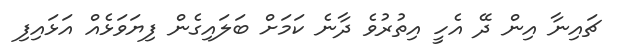
ޗައިނާ އިން ދޭ އެހީ އިތުރުވެ ދާނެ ކަމަށް ބަލައިގެން ފިޔަވަޅެއް އަޅައިފި